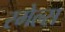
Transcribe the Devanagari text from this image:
स्‍मेल्‍स